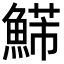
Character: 𩹩